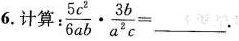
6.计算：$$: \frac { 5 c ^ { 2 } } { 6 a b } \cdot \frac { 3 b } { a ^ { 2 } c } = ___$$.